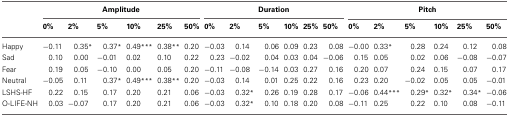
|  | <COLSPAN=6> Amplitude | <COLSPAN=6> Duration | <COLSPAN=6> Pitch |
 |  | 0% | 2% | 5% | 10% | 25% | 50% | 0% | 2% | 5% | 10% | 25% | 50% | 0% | 2% | 5% | 10% | 25% | 50% |
 | --- | --- | --- | --- | --- | --- | --- | --- | --- | --- | --- | --- | --- | --- | --- | --- | --- | --- | --- |
 | Happy | −0.11 | 0.35* | 0.37* | 0.49*** | 0.38** | 0.20 | −0.03 | 0.14 | 0.06 | 0.09 | 0.23 | 0.08 | −0.00 | 0.33* | 0.28 | 0.24 | 0.12 | 0.08 |
 | Sad | 0.10 | 0.00 | −0.01 | 0.02 | 0.10 | 0.22 | 0.23 | −0.02 | 0.04 | 0.03 | 0.04 | −0.06 | 0.15 | 0.05 | 0.02 | 0.06 | −0.08 | −0.07 |
 | Fear | 0.19 | 0.05 | −0.10 | 0.00 | 0.05 | 0.20 | −0.11 | −0.08 | −0.14 | 0.03 | 0.27 | 0.16 | 0.20 | 0.07 | 0.24 | 0.15 | 0.07 | 0.17 |
 | Neutral | −0.05 | 0.11 | 0.37* | 0.49*** | 0.38** | 0.20 | −0.03 | 0.14 | 0.01 | 0.25 | 0.22 | 0.16 | 0.23 | 0.20 | −0.02 | 0.05 | 0.05 | −0.01 |
 | LSHS-HF | 0.22 | 0.15 | 0.17 | 0.20 | 0.21 | 0.06 | −0.03 | 0.32* | 0.26 | 0.19 | 0.28 | 0.17 | −0.06 | 0.44*** | 0.29* | 0.32* | 0.34* | −0.06 |
 | O-LIFE-NH | 0.03 | −0.07 | 0.17 | 0.20 | 0.21 | 0.06 | −0.03 | 0.32* | 0.10 | 0.18 | 0.20 | 0.08 | −0.11 | 0.25 | 0.22 | 0.10 | 0.08 | −0.11 |